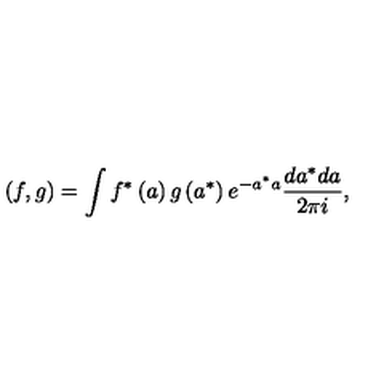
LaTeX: \left( f , g \right) = \int f ^ { \ast } \left( a \right) g \left( a ^ { \ast } \right) e ^ { - a ^ { \ast } a } \frac { d a ^ { \ast } d a } { 2 \pi i } ,